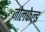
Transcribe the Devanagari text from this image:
जोलफेल्ड